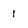
Character: 1